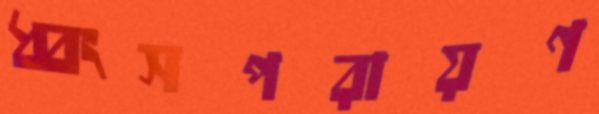
ধ্বংসপরায়ণ